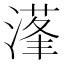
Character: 𰜴